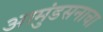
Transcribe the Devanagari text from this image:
आमुंडसनाचा